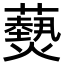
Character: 𮒫